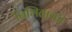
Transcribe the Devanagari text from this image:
बिभिताकी